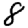
Digit: 8